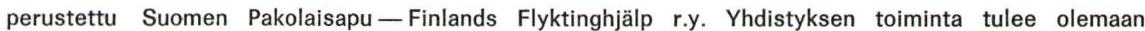
perustettu Suomen Pakolaisapu - Finlands Flyktinghjälp r.y. Yhdistyksen toiminta tulee olemaan